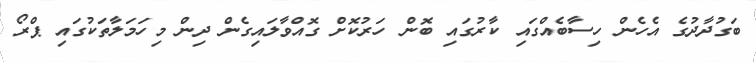
ބަގުދާދުގެ އެހެން ހިސާބެއްގައި ކާރުގައި ބޮން ހަރުކޮށް ގޮއްވާލައިގެން ދިން މިހަމަލާތަކުގައި ޕްރޯ